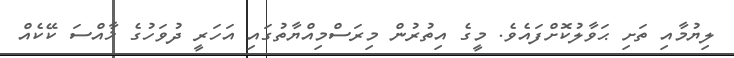
ލިޔުމާއި ތަށި ޙަވާލުކޮށްފައެވެ. މީގެ އިތުރުން މިރަސްމިއްޔާތުގައި އަހަރީ ދުވަހުގެ ޚާއްސަ ކޭކެއް